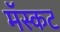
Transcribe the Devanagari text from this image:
मॅस्कट